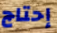
إحتاج